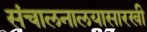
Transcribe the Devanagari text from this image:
संचालनालयासारखी